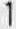
1